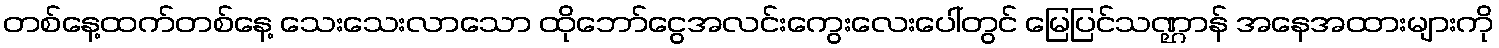
တစ်နေ့ထက်တစ်နေ့ သေးသေးလာသော ထိုဘော်ငွေအလင်းကွေးလေးပေါ်တွင် မြေပြင်သဏ္ဌာန် အနေအထားများကို